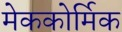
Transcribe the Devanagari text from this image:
मेककोर्मिक